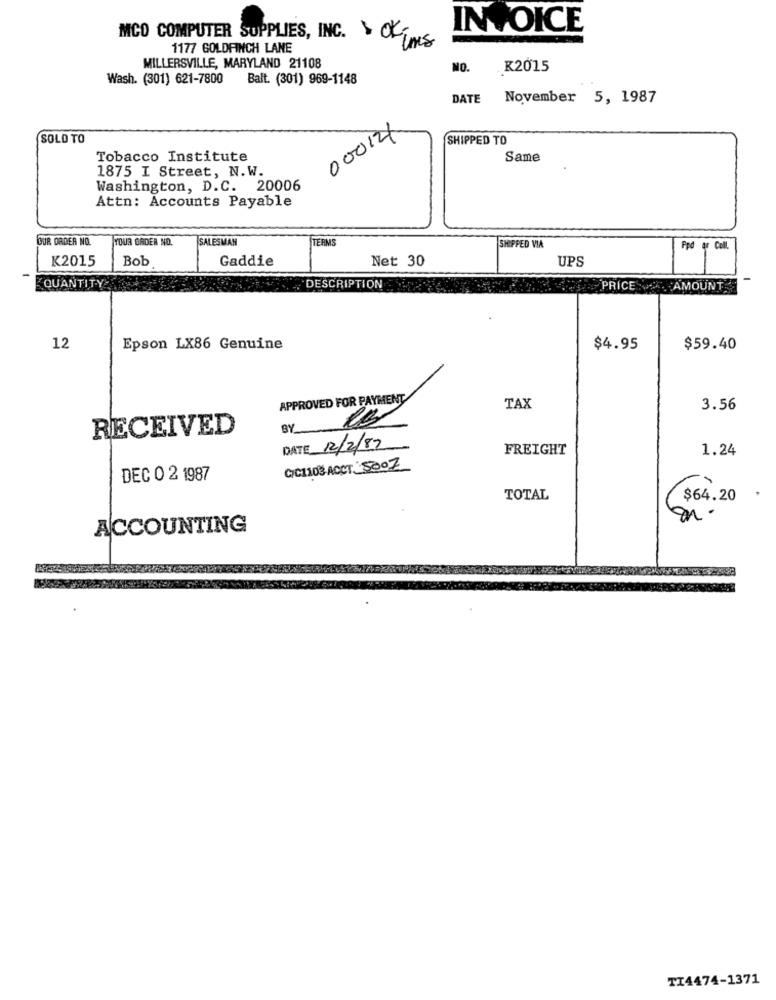
INVOICE
MCO COMPUTER SUPPLIES, INC. OKT
1177 GOLDFINCH LANE
MILLERSVILLE, MARYLAND 21108
NO.
K2015
Wash. (301) 621-7800
Balt. (301) 969-1148
DATE November 5, 1987
000124
SOLD TO
SHIPPED TO
Tobacco Institute
Same
1875 I Street, N.W.
Washington, D.C. 20006
Attn: Accounts Payable
OUR ORDER NO.
YOUR ORDER NO.
SALESMAN
TERM
SHIPPED VIA
Ppd ar Coll.
K2015
Bob
Gaddie
Net 30
UPS
QUANTITY'S
DESCRIPTION
PRICE AMOUNT
12
Epson LX86 Genuine
$4.95
$59.40
APPROVED FOR PAYMENT
TAX
3.56
RECEIVED
BY
DATE 12/2/82
FREIGHT
1.24
CIC1103 ACCT 5007
DEC O 2 1987
TOTAL
$64.20
ACCOUNTING
TI4474-1371